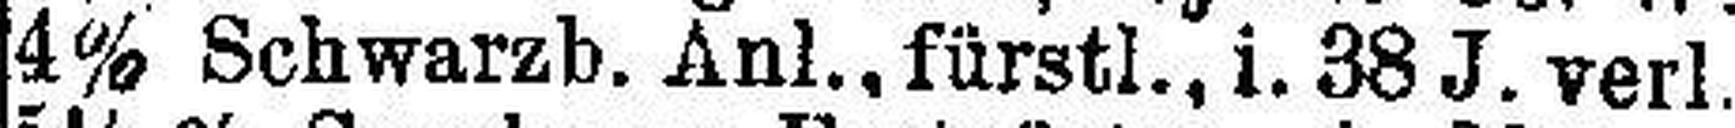
4% Schwarzb. Anl., fürstl., i. 38 J. verl.